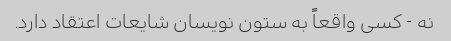
نه - کسی واقعاً به ستون نویسان شایعات اعتقاد دارد.